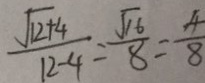
\frac { \sqrt { 1 2 + 4 } } { 1 2 - 4 } = \frac { \sqrt { 1 6 } } { 8 } = \frac { 4 } { 8 }